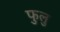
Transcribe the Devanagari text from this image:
फुलु